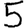
Digit: 5